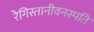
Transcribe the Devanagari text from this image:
रेगिस्तानीवनस्‍पति